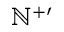
\mathbb { N } ^ { + \prime }